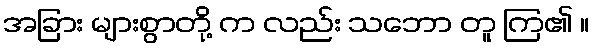
အခြား များစွာတို့ က လည်း သဘော တူ ကြ၏ ။